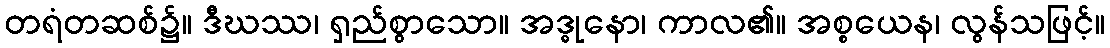
တရံတဆစ်၌။ ဒီဃဿ၊ ရှည်စွာသော။ အဒ္ဓုနော၊ ကာလ၏။ အစ္စယေန၊ လွန်သဖြင့်။